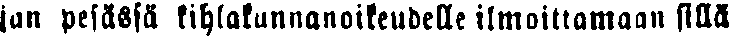
jan pesässä kihlakunnanoikeudelle ilmoittamaan sillä